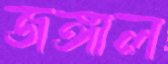
জঙ্গাল